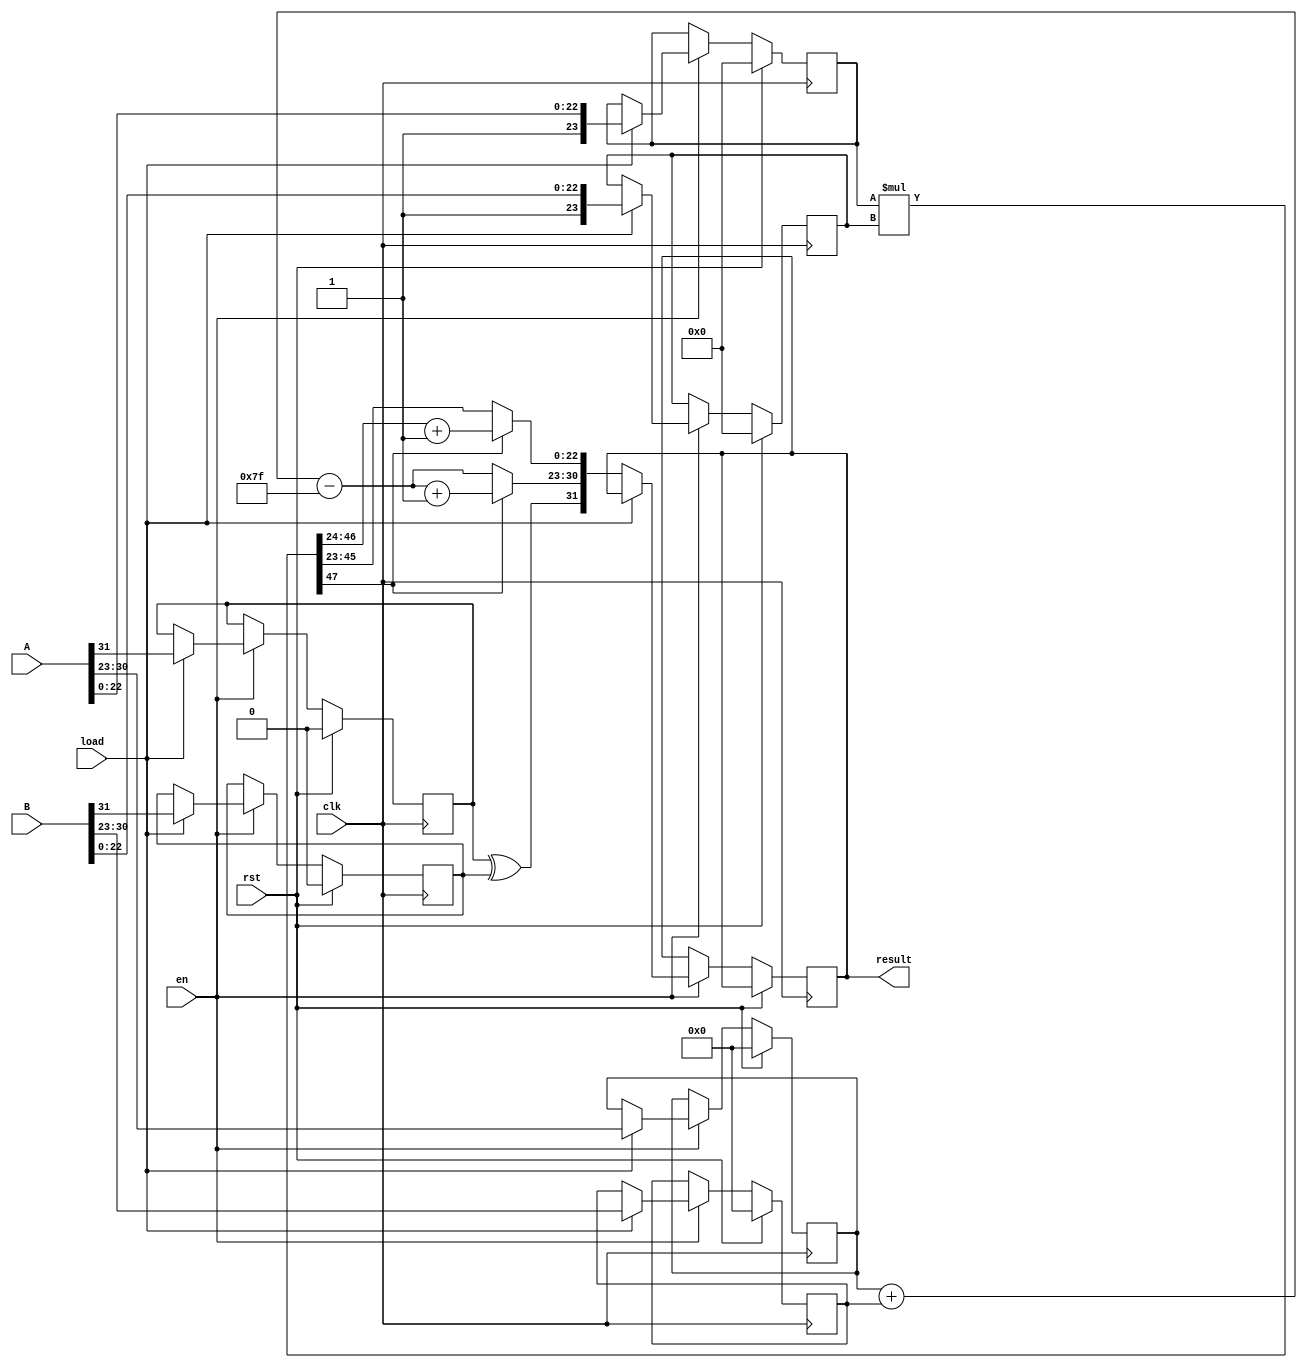
`timescale 1 ns/ 10 ps

module mul32 (
    input wire clk, 
    input wire en, 
    input wire rst, 
    input wire load, 
    input wire[31:0] A, 
    input wire[31:0] B, 
    output reg[31:0] result
  );

reg [23:0] A_Mantissa,B_Mantissa;
reg [22:0] Mantissa;
reg [47:0] Temp_Mantissa;
reg [7:0] A_Exponent,B_Exponent,Temp_Exponent,Exponent;
reg A_sign,B_sign,Sign;


always @(posedge clk) begin
    if (rst) begin
        A_Mantissa <= 0;
        B_Mantissa <= 0;
        A_Exponent <= 0;
        B_Exponent <= 0;
        A_sign <= 0;
        B_sign <= 0;

    end
    else if (en) begin
        if(load) begin
            A_Mantissa <= {1'b1,A[22:0]};
            B_Mantissa <= {1'b1,B[22:0]};
            A_Exponent <= A[30:23];
            B_Exponent <= B[30:23];
            A_sign <= A[31];
            B_sign <= B[31];
        end
        else begin
            
            Temp_Exponent = A_Exponent+B_Exponent - 127;
            Temp_Mantissa = A_Mantissa * B_Mantissa;
            Mantissa = Temp_Mantissa[47] ? Temp_Mantissa[46:24] + 1'b1: Temp_Mantissa[45:23];
            Exponent = Temp_Mantissa[47] ? Temp_Exponent + 1'b1 : Temp_Exponent;
            Sign = A_sign^B_sign;
            result = {Sign,Exponent,Mantissa};
            
        end
    end
end


endmodule